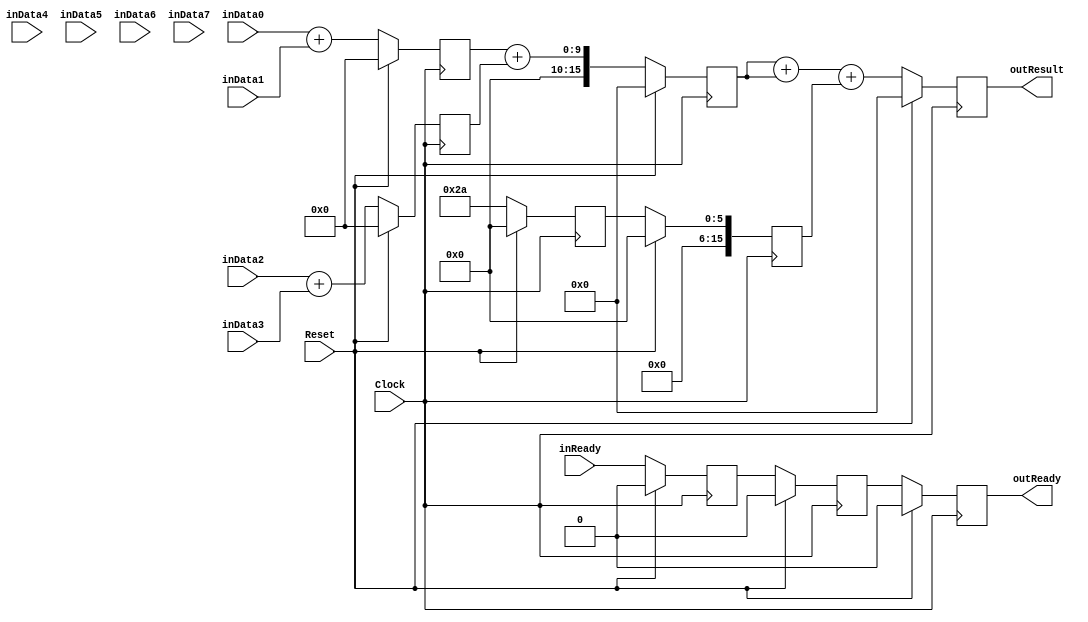
`timescale 1ns/1ps
`default_nettype none
// PLEASE READ THIS, IT MAY SAVE YOU SOME TIME AND MONEY, THANK YOU!
// * This file was generated by Quokka FPGA Toolkit.
// * Generated code is your property, do whatever you want with it
// * Place custom code between [BEGIN USER ***] and [END USER ***].
// * CAUTION: All code outside of [USER] scope is subject to regeneration.
// * Bad things happen sometimes in developer's life,
//   it is recommended to use source control management software (e.g. git, bzr etc) to keep your custom code safe'n'sound.
// * Internal structure of code is subject to change.
//   You can use some of signals in custom code, but most likely they will not exist in future (e.g. will get shorter or gone completely)
// * Please send your feedback, comments, improvement ideas etc. to evmuryshkin@gmail.com
// * Visit https://github.com/EvgenyMuryshkin/QuokkaEvaluation to access latest version of playground
//
// DISCLAIMER:
//   Code comes AS-IS, it is your responsibility to make sure it is working as expected
//   no responsibility will be taken for any loss or damage caused by use of Quokka toolkit.
//
// System configuration name is AutoPropagatePipelineModule_TopLevel, clock frequency is 1Hz, Top-level
// FSM summary
// -- Packages
module AutoPropagatePipelineModule_TopLevel
(
	// [BEGIN USER PORTS]
	// [END USER PORTS]
	input wire Clock,
	input wire Reset,
	input wire [7:0] inData0,
	input wire [7:0] inData1,
	input wire [7:0] inData2,
	input wire [7:0] inData3,
	input wire [7:0] inData4,
	input wire [7:0] inData5,
	input wire [7:0] inData6,
	input wire [7:0] inData7,
	input wire inReady,
	output wire outReady,
	output wire [15:0] outResult
);
	// [BEGIN USER SIGNALS]
	// [END USER SIGNALS]
	localparam HiSignal = 1'b1;
	localparam LoSignal = 1'b0;
	wire Zero = 1'b0;
	wire One = 1'b1;
	wire true = 1'b1;
	wire false = 1'b0;
	wire [15: 0] Pipeline_stage0_State_sumsDefault = 16'b0000000000000000;
	wire [15: 0] Pipeline_stage1_State_s0SumsDefault = 16'b0000000000000000;
	wire [15: 0] Pipeline_stage1_State_sumsDefault = 16'b0000000000000000;
	wire [5: 0] Pipeline_AutoPropagatePipelineModule_L83F29T43_AutoPropagatePipelineModule_L42F9L57T10_AutoPropagatePipelineModule_L54F21T23_Expr = 6'b101010;
	wire Inputs_inReady;
	reg Pipeline_stage0_NextState_ready;
	reg Pipeline_stage1_NextState_ready;
	reg Pipeline_stage2_NextState_ready;
	reg [15: 0] Pipeline_stage2_NextState_result;
	wire Pipeline_Inputs_inReady;
	wire Pipeline_State_ready;
	wire [15: 0] Pipeline_State_result;
	wire Pipeline_NextState_ready;
	wire [15: 0] Pipeline_NextState_result;
	reg [15: 0] Pipeline_AutoPropagatePipelineModule_L83F29T43_AutoPropagatePipelineModule_L42F9L57T10_sum0;
	wire [15: 0] Pipeline_AutoPropagatePipelineModule_L83F29T43_AutoPropagatePipelineModule_L42F9L57T10_AutoPropagatePipelineModule_L43F24T69_Cast;
	wire [15: 0] Pipeline_AutoPropagatePipelineModule_L83F29T43_AutoPropagatePipelineModule_L42F9L57T10_AutoPropagatePipelineModule_L51F21T66_Cast;
	wire [15: 0] Pipeline_AutoPropagatePipelineModule_L83F29T43_AutoPropagatePipelineModule_L42F9L57T10_AutoPropagatePipelineModule_L52F21T66_Cast;
	wire [15: 0] Pipeline_AutoPropagatePipelineModule_L83F29T43_AutoPropagatePipelineModule_L42F9L57T10_AutoPropagatePipelineModule_L53F21T66_Cast;
	wire [15: 0] Pipeline_AutoPropagatePipelineModule_L84F30T45_AutoPropagatePipelineModule_L60F9L70T10_AutoPropagatePipelineModule_L66F21T62_Cast;
	wire [15: 0] Pipeline_AutoPropagatePipelineModule_L84F30T45_AutoPropagatePipelineModule_L60F9L70T10_AutoPropagatePipelineModule_L67F21T62_Cast;
	wire [15: 0] Pipeline_AutoPropagatePipelineModule_L85F30T45_AutoPropagatePipelineModule_L73F9L78T10_AutoPropagatePipelineModule_L76F26T86_Cast;
	wire AutoPropagatePipelineModule_L33F33T59_Cast;
	reg Pipeline_stage0_State_ready = 1'b0;
	wire Pipeline_stage0_State_readyDefault = 1'b0;
	reg Pipeline_stage1_State_ready = 1'b0;
	wire Pipeline_stage1_State_readyDefault = 1'b0;
	reg Pipeline_stage2_State_ready = 1'b0;
	wire Pipeline_stage2_State_readyDefault = 1'b0;
	reg [15: 0] Pipeline_stage2_State_result = 16'b0000000000000000;
	wire [15: 0] Pipeline_stage2_State_resultDefault = 16'b0000000000000000;
	wire [9: 0] Pipeline_AutoPropagatePipelineModule_L83F29T43_AutoPropagatePipelineModule_L42F9L57T10_AutoPropagatePipelineModule_L43F33T68_Expr;
	wire signed [9: 0] Pipeline_AutoPropagatePipelineModule_L83F29T43_AutoPropagatePipelineModule_L42F9L57T10_AutoPropagatePipelineModule_L43F33T68_Expr_1;
	wire signed [9: 0] Pipeline_AutoPropagatePipelineModule_L83F29T43_AutoPropagatePipelineModule_L42F9L57T10_AutoPropagatePipelineModule_L43F33T68_Expr_2;
	wire [9: 0] Pipeline_AutoPropagatePipelineModule_L83F29T43_AutoPropagatePipelineModule_L42F9L57T10_AutoPropagatePipelineModule_L51F30T65_Expr;
	wire signed [9: 0] Pipeline_AutoPropagatePipelineModule_L83F29T43_AutoPropagatePipelineModule_L42F9L57T10_AutoPropagatePipelineModule_L51F30T65_Expr_1;
	wire signed [9: 0] Pipeline_AutoPropagatePipelineModule_L83F29T43_AutoPropagatePipelineModule_L42F9L57T10_AutoPropagatePipelineModule_L51F30T65_Expr_2;
	wire [9: 0] Pipeline_AutoPropagatePipelineModule_L83F29T43_AutoPropagatePipelineModule_L42F9L57T10_AutoPropagatePipelineModule_L52F30T65_Expr;
	wire signed [9: 0] Pipeline_AutoPropagatePipelineModule_L83F29T43_AutoPropagatePipelineModule_L42F9L57T10_AutoPropagatePipelineModule_L52F30T65_Expr_1;
	wire signed [9: 0] Pipeline_AutoPropagatePipelineModule_L83F29T43_AutoPropagatePipelineModule_L42F9L57T10_AutoPropagatePipelineModule_L52F30T65_Expr_2;
	wire [9: 0] Pipeline_AutoPropagatePipelineModule_L83F29T43_AutoPropagatePipelineModule_L42F9L57T10_AutoPropagatePipelineModule_L53F30T65_Expr;
	wire signed [9: 0] Pipeline_AutoPropagatePipelineModule_L83F29T43_AutoPropagatePipelineModule_L42F9L57T10_AutoPropagatePipelineModule_L53F30T65_Expr_1;
	wire signed [9: 0] Pipeline_AutoPropagatePipelineModule_L83F29T43_AutoPropagatePipelineModule_L42F9L57T10_AutoPropagatePipelineModule_L53F30T65_Expr_2;
	wire [17: 0] Pipeline_AutoPropagatePipelineModule_L84F30T45_AutoPropagatePipelineModule_L60F9L70T10_AutoPropagatePipelineModule_L66F30T61_Expr;
	wire signed [17: 0] Pipeline_AutoPropagatePipelineModule_L84F30T45_AutoPropagatePipelineModule_L60F9L70T10_AutoPropagatePipelineModule_L66F30T61_Expr_1;
	wire signed [17: 0] Pipeline_AutoPropagatePipelineModule_L84F30T45_AutoPropagatePipelineModule_L60F9L70T10_AutoPropagatePipelineModule_L66F30T61_Expr_2;
	wire [17: 0] Pipeline_AutoPropagatePipelineModule_L84F30T45_AutoPropagatePipelineModule_L60F9L70T10_AutoPropagatePipelineModule_L67F30T61_Expr;
	wire signed [17: 0] Pipeline_AutoPropagatePipelineModule_L84F30T45_AutoPropagatePipelineModule_L60F9L70T10_AutoPropagatePipelineModule_L67F30T61_Expr_1;
	wire signed [17: 0] Pipeline_AutoPropagatePipelineModule_L84F30T45_AutoPropagatePipelineModule_L60F9L70T10_AutoPropagatePipelineModule_L67F30T61_Expr_2;
	wire [19: 0] Pipeline_AutoPropagatePipelineModule_L85F30T45_AutoPropagatePipelineModule_L73F9L78T10_AutoPropagatePipelineModule_L76F35T85_Expr;
	wire signed [19: 0] Pipeline_AutoPropagatePipelineModule_L85F30T45_AutoPropagatePipelineModule_L73F9L78T10_AutoPropagatePipelineModule_L76F35T85_Expr_1;
	wire signed [19: 0] Pipeline_AutoPropagatePipelineModule_L85F30T45_AutoPropagatePipelineModule_L73F9L78T10_AutoPropagatePipelineModule_L76F35T85_Expr_2;
	wire [17: 0] Pipeline_AutoPropagatePipelineModule_L85F30T45_AutoPropagatePipelineModule_L73F9L78T10_AutoPropagatePipelineModule_L76F35T66_Expr;
	wire signed [17: 0] Pipeline_AutoPropagatePipelineModule_L85F30T45_AutoPropagatePipelineModule_L73F9L78T10_AutoPropagatePipelineModule_L76F35T66_Expr_1;
	wire signed [17: 0] Pipeline_AutoPropagatePipelineModule_L85F30T45_AutoPropagatePipelineModule_L73F9L78T10_AutoPropagatePipelineModule_L76F35T66_Expr_2;
	wire [7 : 0] Inputs_inData [0 : 7];
	integer Pipeline_stage0_State_sums_Iterator;
	reg [15 : 0] Pipeline_stage0_State_sums [0 : 4];
	initial
	begin : Init_Pipeline_stage0_State_sums
		for (Pipeline_stage0_State_sums_Iterator = 0; Pipeline_stage0_State_sums_Iterator < 5; Pipeline_stage0_State_sums_Iterator = Pipeline_stage0_State_sums_Iterator + 1)
			Pipeline_stage0_State_sums[Pipeline_stage0_State_sums_Iterator] = 0;
	end
	integer Pipeline_stage0_NextState_sums_Iterator;
	reg [15 : 0] Pipeline_stage0_NextState_sums [0 : 4];
	initial
	begin : Init_Pipeline_stage0_NextState_sums
		for (Pipeline_stage0_NextState_sums_Iterator = 0; Pipeline_stage0_NextState_sums_Iterator < 5; Pipeline_stage0_NextState_sums_Iterator = Pipeline_stage0_NextState_sums_Iterator + 1)
			Pipeline_stage0_NextState_sums[Pipeline_stage0_NextState_sums_Iterator] = 0;
	end
	integer Pipeline_stage1_State_s0Sums_Iterator;
	reg [15 : 0] Pipeline_stage1_State_s0Sums [0 : 4];
	initial
	begin : Init_Pipeline_stage1_State_s0Sums
		for (Pipeline_stage1_State_s0Sums_Iterator = 0; Pipeline_stage1_State_s0Sums_Iterator < 5; Pipeline_stage1_State_s0Sums_Iterator = Pipeline_stage1_State_s0Sums_Iterator + 1)
			Pipeline_stage1_State_s0Sums[Pipeline_stage1_State_s0Sums_Iterator] = 0;
	end
	integer Pipeline_stage1_NextState_s0Sums_Iterator;
	reg [15 : 0] Pipeline_stage1_NextState_s0Sums [0 : 4];
	initial
	begin : Init_Pipeline_stage1_NextState_s0Sums
		for (Pipeline_stage1_NextState_s0Sums_Iterator = 0; Pipeline_stage1_NextState_s0Sums_Iterator < 5; Pipeline_stage1_NextState_s0Sums_Iterator = Pipeline_stage1_NextState_s0Sums_Iterator + 1)
			Pipeline_stage1_NextState_s0Sums[Pipeline_stage1_NextState_s0Sums_Iterator] = 0;
	end
	integer Pipeline_stage1_State_sums_Iterator;
	reg [15 : 0] Pipeline_stage1_State_sums [0 : 1];
	initial
	begin : Init_Pipeline_stage1_State_sums
		for (Pipeline_stage1_State_sums_Iterator = 0; Pipeline_stage1_State_sums_Iterator < 2; Pipeline_stage1_State_sums_Iterator = Pipeline_stage1_State_sums_Iterator + 1)
			Pipeline_stage1_State_sums[Pipeline_stage1_State_sums_Iterator] = 0;
	end
	integer Pipeline_stage1_NextState_sums_Iterator;
	reg [15 : 0] Pipeline_stage1_NextState_sums [0 : 1];
	initial
	begin : Init_Pipeline_stage1_NextState_sums
		for (Pipeline_stage1_NextState_sums_Iterator = 0; Pipeline_stage1_NextState_sums_Iterator < 2; Pipeline_stage1_NextState_sums_Iterator = Pipeline_stage1_NextState_sums_Iterator + 1)
			Pipeline_stage1_NextState_sums[Pipeline_stage1_NextState_sums_Iterator] = 0;
	end
	wire [7 : 0] Pipeline_Inputs_inData [0 : 7];
	wire [15 : 0] Pipeline_AutoPropagatePipelineModule_L83F29T43_AutoPropagatePipelineModule_L42F9L57T10_AutoPropagatePipelineModule_L48F24L55T18_Enumerable [0 : 4];
	wire [15 : 0] Pipeline_AutoPropagatePipelineModule_L84F30T45_AutoPropagatePipelineModule_L60F9L70T10_AutoPropagatePipelineModule_L64F24L68T18_Enumerable [0 : 1];
	always @ (posedge Clock)
	begin
		if ((Reset == 1))
		begin
			Pipeline_stage0_State_ready <= Pipeline_stage0_State_readyDefault;
			Pipeline_stage1_State_ready <= Pipeline_stage1_State_readyDefault;
			Pipeline_stage2_State_ready <= Pipeline_stage2_State_readyDefault;
			Pipeline_stage2_State_result <= Pipeline_stage2_State_resultDefault;
		end
		else
		begin
			Pipeline_stage0_State_ready <= Pipeline_stage0_NextState_ready;
			Pipeline_stage1_State_ready <= Pipeline_stage1_NextState_ready;
			Pipeline_stage2_State_ready <= Pipeline_stage2_NextState_ready;
			Pipeline_stage2_State_result <= Pipeline_stage2_NextState_result;
		end
	end
	always @ (posedge Clock)
	begin
		if ((Reset == 1))
		begin
			for (Pipeline_stage0_State_sums_Iterator = 0; (Pipeline_stage0_State_sums_Iterator < 5); Pipeline_stage0_State_sums_Iterator = (Pipeline_stage0_State_sums_Iterator + 1))
			begin
				Pipeline_stage0_State_sums[Pipeline_stage0_State_sums_Iterator] <= Pipeline_stage0_State_sumsDefault;
			end
		end
		else
		begin
			for (Pipeline_stage0_State_sums_Iterator = 0; (Pipeline_stage0_State_sums_Iterator < 5); Pipeline_stage0_State_sums_Iterator = (Pipeline_stage0_State_sums_Iterator + 1))
			begin
				Pipeline_stage0_State_sums[Pipeline_stage0_State_sums_Iterator] <= Pipeline_stage0_NextState_sums[Pipeline_stage0_State_sums_Iterator];
			end
		end
	end
	always @ (posedge Clock)
	begin
		if ((Reset == 1))
		begin
			for (Pipeline_stage1_State_s0Sums_Iterator = 0; (Pipeline_stage1_State_s0Sums_Iterator < 5); Pipeline_stage1_State_s0Sums_Iterator = (Pipeline_stage1_State_s0Sums_Iterator + 1))
			begin
				Pipeline_stage1_State_s0Sums[Pipeline_stage1_State_s0Sums_Iterator] <= Pipeline_stage1_State_s0SumsDefault;
			end
		end
		else
		begin
			for (Pipeline_stage1_State_s0Sums_Iterator = 0; (Pipeline_stage1_State_s0Sums_Iterator < 5); Pipeline_stage1_State_s0Sums_Iterator = (Pipeline_stage1_State_s0Sums_Iterator + 1))
			begin
				Pipeline_stage1_State_s0Sums[Pipeline_stage1_State_s0Sums_Iterator] <= Pipeline_stage1_NextState_s0Sums[Pipeline_stage1_State_s0Sums_Iterator];
			end
		end
	end
	always @ (posedge Clock)
	begin
		if ((Reset == 1))
		begin
			for (Pipeline_stage1_State_sums_Iterator = 0; (Pipeline_stage1_State_sums_Iterator < 2); Pipeline_stage1_State_sums_Iterator = (Pipeline_stage1_State_sums_Iterator + 1))
			begin
				Pipeline_stage1_State_sums[Pipeline_stage1_State_sums_Iterator] <= Pipeline_stage1_State_sumsDefault;
			end
		end
		else
		begin
			for (Pipeline_stage1_State_sums_Iterator = 0; (Pipeline_stage1_State_sums_Iterator < 2); Pipeline_stage1_State_sums_Iterator = (Pipeline_stage1_State_sums_Iterator + 1))
			begin
				Pipeline_stage1_State_sums[Pipeline_stage1_State_sums_Iterator] <= Pipeline_stage1_NextState_sums[Pipeline_stage1_State_sums_Iterator];
			end
		end
	end
	assign Pipeline_AutoPropagatePipelineModule_L83F29T43_AutoPropagatePipelineModule_L42F9L57T10_AutoPropagatePipelineModule_L43F33T68_Expr = Pipeline_AutoPropagatePipelineModule_L83F29T43_AutoPropagatePipelineModule_L42F9L57T10_AutoPropagatePipelineModule_L43F33T68_Expr_1 + Pipeline_AutoPropagatePipelineModule_L83F29T43_AutoPropagatePipelineModule_L42F9L57T10_AutoPropagatePipelineModule_L43F33T68_Expr_2;
	assign Pipeline_AutoPropagatePipelineModule_L83F29T43_AutoPropagatePipelineModule_L42F9L57T10_AutoPropagatePipelineModule_L51F30T65_Expr = Pipeline_AutoPropagatePipelineModule_L83F29T43_AutoPropagatePipelineModule_L42F9L57T10_AutoPropagatePipelineModule_L51F30T65_Expr_1 + Pipeline_AutoPropagatePipelineModule_L83F29T43_AutoPropagatePipelineModule_L42F9L57T10_AutoPropagatePipelineModule_L51F30T65_Expr_2;
	assign Pipeline_AutoPropagatePipelineModule_L83F29T43_AutoPropagatePipelineModule_L42F9L57T10_AutoPropagatePipelineModule_L52F30T65_Expr = Pipeline_AutoPropagatePipelineModule_L83F29T43_AutoPropagatePipelineModule_L42F9L57T10_AutoPropagatePipelineModule_L52F30T65_Expr_1 + Pipeline_AutoPropagatePipelineModule_L83F29T43_AutoPropagatePipelineModule_L42F9L57T10_AutoPropagatePipelineModule_L52F30T65_Expr_2;
	assign Pipeline_AutoPropagatePipelineModule_L83F29T43_AutoPropagatePipelineModule_L42F9L57T10_AutoPropagatePipelineModule_L53F30T65_Expr = Pipeline_AutoPropagatePipelineModule_L83F29T43_AutoPropagatePipelineModule_L42F9L57T10_AutoPropagatePipelineModule_L53F30T65_Expr_1 + Pipeline_AutoPropagatePipelineModule_L83F29T43_AutoPropagatePipelineModule_L42F9L57T10_AutoPropagatePipelineModule_L53F30T65_Expr_2;
	assign Pipeline_AutoPropagatePipelineModule_L84F30T45_AutoPropagatePipelineModule_L60F9L70T10_AutoPropagatePipelineModule_L66F30T61_Expr = Pipeline_AutoPropagatePipelineModule_L84F30T45_AutoPropagatePipelineModule_L60F9L70T10_AutoPropagatePipelineModule_L66F30T61_Expr_1 + Pipeline_AutoPropagatePipelineModule_L84F30T45_AutoPropagatePipelineModule_L60F9L70T10_AutoPropagatePipelineModule_L66F30T61_Expr_2;
	assign Pipeline_AutoPropagatePipelineModule_L84F30T45_AutoPropagatePipelineModule_L60F9L70T10_AutoPropagatePipelineModule_L67F30T61_Expr = Pipeline_AutoPropagatePipelineModule_L84F30T45_AutoPropagatePipelineModule_L60F9L70T10_AutoPropagatePipelineModule_L67F30T61_Expr_1 + Pipeline_AutoPropagatePipelineModule_L84F30T45_AutoPropagatePipelineModule_L60F9L70T10_AutoPropagatePipelineModule_L67F30T61_Expr_2;
	assign Pipeline_AutoPropagatePipelineModule_L85F30T45_AutoPropagatePipelineModule_L73F9L78T10_AutoPropagatePipelineModule_L76F35T85_Expr = Pipeline_AutoPropagatePipelineModule_L85F30T45_AutoPropagatePipelineModule_L73F9L78T10_AutoPropagatePipelineModule_L76F35T85_Expr_1 + Pipeline_AutoPropagatePipelineModule_L85F30T45_AutoPropagatePipelineModule_L73F9L78T10_AutoPropagatePipelineModule_L76F35T85_Expr_2;
	assign Pipeline_AutoPropagatePipelineModule_L85F30T45_AutoPropagatePipelineModule_L73F9L78T10_AutoPropagatePipelineModule_L76F35T66_Expr = Pipeline_AutoPropagatePipelineModule_L85F30T45_AutoPropagatePipelineModule_L73F9L78T10_AutoPropagatePipelineModule_L76F35T66_Expr_1 + Pipeline_AutoPropagatePipelineModule_L85F30T45_AutoPropagatePipelineModule_L73F9L78T10_AutoPropagatePipelineModule_L76F35T66_Expr_2;
	always @ (*)
	begin
		Pipeline_AutoPropagatePipelineModule_L83F29T43_AutoPropagatePipelineModule_L42F9L57T10_sum0 = Pipeline_AutoPropagatePipelineModule_L83F29T43_AutoPropagatePipelineModule_L42F9L57T10_AutoPropagatePipelineModule_L43F24T69_Cast;
	end
	always @ (*)
	begin
		Pipeline_stage0_NextState_ready = Pipeline_stage0_State_ready;
		Pipeline_stage0_NextState_sums[0] = Pipeline_stage0_State_sums[0];
		Pipeline_stage0_NextState_sums[1] = Pipeline_stage0_State_sums[1];
		Pipeline_stage0_NextState_sums[2] = Pipeline_stage0_State_sums[2];
		Pipeline_stage0_NextState_sums[3] = Pipeline_stage0_State_sums[3];
		Pipeline_stage0_NextState_sums[4] = Pipeline_stage0_State_sums[4];
		Pipeline_stage1_NextState_ready = Pipeline_stage1_State_ready;
		Pipeline_stage1_NextState_s0Sums[0] = Pipeline_stage1_State_s0Sums[0];
		Pipeline_stage1_NextState_s0Sums[1] = Pipeline_stage1_State_s0Sums[1];
		Pipeline_stage1_NextState_s0Sums[2] = Pipeline_stage1_State_s0Sums[2];
		Pipeline_stage1_NextState_s0Sums[3] = Pipeline_stage1_State_s0Sums[3];
		Pipeline_stage1_NextState_s0Sums[4] = Pipeline_stage1_State_s0Sums[4];
		Pipeline_stage1_NextState_sums[0] = Pipeline_stage1_State_sums[0];
		Pipeline_stage1_NextState_sums[1] = Pipeline_stage1_State_sums[1];
		Pipeline_stage2_NextState_ready = Pipeline_stage2_State_ready;
		Pipeline_stage2_NextState_result = Pipeline_stage2_State_result;
		Pipeline_stage0_NextState_ready = Pipeline_Inputs_inReady;
		Pipeline_stage0_NextState_sums[0] = Pipeline_AutoPropagatePipelineModule_L83F29T43_AutoPropagatePipelineModule_L42F9L57T10_AutoPropagatePipelineModule_L48F24L55T18_Enumerable[0];
		Pipeline_stage0_NextState_sums[1] = Pipeline_AutoPropagatePipelineModule_L83F29T43_AutoPropagatePipelineModule_L42F9L57T10_AutoPropagatePipelineModule_L48F24L55T18_Enumerable[1];
		Pipeline_stage0_NextState_sums[2] = Pipeline_AutoPropagatePipelineModule_L83F29T43_AutoPropagatePipelineModule_L42F9L57T10_AutoPropagatePipelineModule_L48F24L55T18_Enumerable[2];
		Pipeline_stage0_NextState_sums[3] = Pipeline_AutoPropagatePipelineModule_L83F29T43_AutoPropagatePipelineModule_L42F9L57T10_AutoPropagatePipelineModule_L48F24L55T18_Enumerable[3];
		Pipeline_stage0_NextState_sums[4] = Pipeline_AutoPropagatePipelineModule_L83F29T43_AutoPropagatePipelineModule_L42F9L57T10_AutoPropagatePipelineModule_L48F24L55T18_Enumerable[4];
		Pipeline_stage1_NextState_ready = Pipeline_stage0_State_ready;
		Pipeline_stage1_NextState_s0Sums[0] = Pipeline_stage0_State_sums[0];
		Pipeline_stage1_NextState_s0Sums[1] = Pipeline_stage0_State_sums[1];
		Pipeline_stage1_NextState_s0Sums[2] = Pipeline_stage0_State_sums[2];
		Pipeline_stage1_NextState_s0Sums[3] = Pipeline_stage0_State_sums[3];
		Pipeline_stage1_NextState_s0Sums[4] = Pipeline_stage0_State_sums[4];
		Pipeline_stage1_NextState_sums[0] = Pipeline_AutoPropagatePipelineModule_L84F30T45_AutoPropagatePipelineModule_L60F9L70T10_AutoPropagatePipelineModule_L64F24L68T18_Enumerable[0];
		Pipeline_stage1_NextState_sums[1] = Pipeline_AutoPropagatePipelineModule_L84F30T45_AutoPropagatePipelineModule_L60F9L70T10_AutoPropagatePipelineModule_L64F24L68T18_Enumerable[1];
		Pipeline_stage2_NextState_ready = Pipeline_stage1_State_ready;
		Pipeline_stage2_NextState_result = Pipeline_AutoPropagatePipelineModule_L85F30T45_AutoPropagatePipelineModule_L73F9L78T10_AutoPropagatePipelineModule_L76F26T86_Cast;
	end
	assign Pipeline_AutoPropagatePipelineModule_L83F29T43_AutoPropagatePipelineModule_L42F9L57T10_AutoPropagatePipelineModule_L43F33T68_Expr_1 = {
		{2{1'b0}},
		Pipeline_Inputs_inData[0]
	}
	;
	assign Pipeline_AutoPropagatePipelineModule_L83F29T43_AutoPropagatePipelineModule_L42F9L57T10_AutoPropagatePipelineModule_L43F33T68_Expr_2 = {
		{2{1'b0}},
		Pipeline_Inputs_inData[1]
	}
	;
	assign Pipeline_AutoPropagatePipelineModule_L83F29T43_AutoPropagatePipelineModule_L42F9L57T10_AutoPropagatePipelineModule_L51F30T65_Expr_1 = {
		{2{1'b0}},
		Pipeline_Inputs_inData[2]
	}
	;
	assign Pipeline_AutoPropagatePipelineModule_L83F29T43_AutoPropagatePipelineModule_L42F9L57T10_AutoPropagatePipelineModule_L51F30T65_Expr_2 = {
		{2{1'b0}},
		Pipeline_Inputs_inData[3]
	}
	;
	assign Pipeline_AutoPropagatePipelineModule_L83F29T43_AutoPropagatePipelineModule_L42F9L57T10_AutoPropagatePipelineModule_L52F30T65_Expr_1 = {
		{2{1'b0}},
		Pipeline_Inputs_inData[4]
	}
	;
	assign Pipeline_AutoPropagatePipelineModule_L83F29T43_AutoPropagatePipelineModule_L42F9L57T10_AutoPropagatePipelineModule_L52F30T65_Expr_2 = {
		{2{1'b0}},
		Pipeline_Inputs_inData[5]
	}
	;
	assign Pipeline_AutoPropagatePipelineModule_L83F29T43_AutoPropagatePipelineModule_L42F9L57T10_AutoPropagatePipelineModule_L53F30T65_Expr_1 = {
		{2{1'b0}},
		Pipeline_Inputs_inData[6]
	}
	;
	assign Pipeline_AutoPropagatePipelineModule_L83F29T43_AutoPropagatePipelineModule_L42F9L57T10_AutoPropagatePipelineModule_L53F30T65_Expr_2 = {
		{2{1'b0}},
		Pipeline_Inputs_inData[7]
	}
	;
	assign Pipeline_AutoPropagatePipelineModule_L84F30T45_AutoPropagatePipelineModule_L60F9L70T10_AutoPropagatePipelineModule_L66F30T61_Expr_1 = {
		{2{1'b0}},
		Pipeline_stage0_State_sums[0]
	}
	;
	assign Pipeline_AutoPropagatePipelineModule_L84F30T45_AutoPropagatePipelineModule_L60F9L70T10_AutoPropagatePipelineModule_L66F30T61_Expr_2 = {
		{2{1'b0}},
		Pipeline_stage0_State_sums[1]
	}
	;
	assign Pipeline_AutoPropagatePipelineModule_L84F30T45_AutoPropagatePipelineModule_L60F9L70T10_AutoPropagatePipelineModule_L67F30T61_Expr_1 = {
		{2{1'b0}},
		Pipeline_stage0_State_sums[2]
	}
	;
	assign Pipeline_AutoPropagatePipelineModule_L84F30T45_AutoPropagatePipelineModule_L60F9L70T10_AutoPropagatePipelineModule_L67F30T61_Expr_2 = {
		{2{1'b0}},
		Pipeline_stage0_State_sums[3]
	}
	;
	assign Pipeline_AutoPropagatePipelineModule_L85F30T45_AutoPropagatePipelineModule_L73F9L78T10_AutoPropagatePipelineModule_L76F35T85_Expr_1 = {
		{2{1'b0}},
		Pipeline_AutoPropagatePipelineModule_L85F30T45_AutoPropagatePipelineModule_L73F9L78T10_AutoPropagatePipelineModule_L76F35T66_Expr
	}
	;
	assign Pipeline_AutoPropagatePipelineModule_L85F30T45_AutoPropagatePipelineModule_L73F9L78T10_AutoPropagatePipelineModule_L76F35T85_Expr_2 = {
		{4{1'b0}},
		Pipeline_stage1_State_s0Sums[4]
	}
	;
	assign Pipeline_AutoPropagatePipelineModule_L85F30T45_AutoPropagatePipelineModule_L73F9L78T10_AutoPropagatePipelineModule_L76F35T66_Expr_1 = {
		{2{1'b0}},
		Pipeline_stage1_State_sums[0]
	}
	;
	assign Pipeline_AutoPropagatePipelineModule_L85F30T45_AutoPropagatePipelineModule_L73F9L78T10_AutoPropagatePipelineModule_L76F35T66_Expr_2 = {
		{2{1'b0}},
		Pipeline_stage1_State_sums[0]
	}
	;
	assign Inputs_inData[0] = inData0;
	assign Inputs_inData[1] = inData1;
	assign Inputs_inData[2] = inData2;
	assign Inputs_inData[3] = inData3;
	assign Inputs_inData[4] = inData4;
	assign Inputs_inData[5] = inData5;
	assign Inputs_inData[6] = inData6;
	assign Inputs_inData[7] = inData7;
	assign Inputs_inReady = inReady;
	assign Pipeline_State_ready = Pipeline_stage2_State_ready;
	assign Pipeline_State_result = Pipeline_stage2_State_result;
	assign Pipeline_NextState_ready = Pipeline_stage2_NextState_ready;
	assign Pipeline_NextState_result = Pipeline_stage2_NextState_result;
	assign Pipeline_AutoPropagatePipelineModule_L83F29T43_AutoPropagatePipelineModule_L42F9L57T10_AutoPropagatePipelineModule_L43F24T69_Cast = {
		{6{1'b0}},
		Pipeline_AutoPropagatePipelineModule_L83F29T43_AutoPropagatePipelineModule_L42F9L57T10_AutoPropagatePipelineModule_L43F33T68_Expr
	}
	;
	assign Pipeline_AutoPropagatePipelineModule_L83F29T43_AutoPropagatePipelineModule_L42F9L57T10_AutoPropagatePipelineModule_L51F21T66_Cast = {
		{6{1'b0}},
		Pipeline_AutoPropagatePipelineModule_L83F29T43_AutoPropagatePipelineModule_L42F9L57T10_AutoPropagatePipelineModule_L51F30T65_Expr
	}
	;
	assign Pipeline_AutoPropagatePipelineModule_L83F29T43_AutoPropagatePipelineModule_L42F9L57T10_AutoPropagatePipelineModule_L52F21T66_Cast = {
		{6{1'b0}},
		Pipeline_AutoPropagatePipelineModule_L83F29T43_AutoPropagatePipelineModule_L42F9L57T10_AutoPropagatePipelineModule_L52F30T65_Expr
	}
	;
	assign Pipeline_AutoPropagatePipelineModule_L83F29T43_AutoPropagatePipelineModule_L42F9L57T10_AutoPropagatePipelineModule_L53F21T66_Cast = {
		{6{1'b0}},
		Pipeline_AutoPropagatePipelineModule_L83F29T43_AutoPropagatePipelineModule_L42F9L57T10_AutoPropagatePipelineModule_L53F30T65_Expr
	}
	;
	assign Pipeline_AutoPropagatePipelineModule_L83F29T43_AutoPropagatePipelineModule_L42F9L57T10_AutoPropagatePipelineModule_L48F24L55T18_Enumerable[0] = Pipeline_AutoPropagatePipelineModule_L83F29T43_AutoPropagatePipelineModule_L42F9L57T10_sum0;
	assign Pipeline_AutoPropagatePipelineModule_L83F29T43_AutoPropagatePipelineModule_L42F9L57T10_AutoPropagatePipelineModule_L48F24L55T18_Enumerable[1] = Pipeline_AutoPropagatePipelineModule_L83F29T43_AutoPropagatePipelineModule_L42F9L57T10_AutoPropagatePipelineModule_L51F21T66_Cast;
	assign Pipeline_AutoPropagatePipelineModule_L83F29T43_AutoPropagatePipelineModule_L42F9L57T10_AutoPropagatePipelineModule_L48F24L55T18_Enumerable[2] = Pipeline_AutoPropagatePipelineModule_L83F29T43_AutoPropagatePipelineModule_L42F9L57T10_AutoPropagatePipelineModule_L52F21T66_Cast;
	assign Pipeline_AutoPropagatePipelineModule_L83F29T43_AutoPropagatePipelineModule_L42F9L57T10_AutoPropagatePipelineModule_L48F24L55T18_Enumerable[3] = Pipeline_AutoPropagatePipelineModule_L83F29T43_AutoPropagatePipelineModule_L42F9L57T10_AutoPropagatePipelineModule_L53F21T66_Cast;
	assign Pipeline_AutoPropagatePipelineModule_L83F29T43_AutoPropagatePipelineModule_L42F9L57T10_AutoPropagatePipelineModule_L48F24L55T18_Enumerable[4] = {
		{10{1'b0}},
		Pipeline_AutoPropagatePipelineModule_L83F29T43_AutoPropagatePipelineModule_L42F9L57T10_AutoPropagatePipelineModule_L54F21T23_Expr
	}
	;
	assign Pipeline_AutoPropagatePipelineModule_L84F30T45_AutoPropagatePipelineModule_L60F9L70T10_AutoPropagatePipelineModule_L66F21T62_Cast = Pipeline_AutoPropagatePipelineModule_L84F30T45_AutoPropagatePipelineModule_L60F9L70T10_AutoPropagatePipelineModule_L66F30T61_Expr[15:0];
	assign Pipeline_AutoPropagatePipelineModule_L84F30T45_AutoPropagatePipelineModule_L60F9L70T10_AutoPropagatePipelineModule_L67F21T62_Cast = Pipeline_AutoPropagatePipelineModule_L84F30T45_AutoPropagatePipelineModule_L60F9L70T10_AutoPropagatePipelineModule_L67F30T61_Expr[15:0];
	assign Pipeline_AutoPropagatePipelineModule_L84F30T45_AutoPropagatePipelineModule_L60F9L70T10_AutoPropagatePipelineModule_L64F24L68T18_Enumerable[0] = Pipeline_AutoPropagatePipelineModule_L84F30T45_AutoPropagatePipelineModule_L60F9L70T10_AutoPropagatePipelineModule_L66F21T62_Cast;
	assign Pipeline_AutoPropagatePipelineModule_L84F30T45_AutoPropagatePipelineModule_L60F9L70T10_AutoPropagatePipelineModule_L64F24L68T18_Enumerable[1] = Pipeline_AutoPropagatePipelineModule_L84F30T45_AutoPropagatePipelineModule_L60F9L70T10_AutoPropagatePipelineModule_L67F21T62_Cast;
	assign Pipeline_AutoPropagatePipelineModule_L85F30T45_AutoPropagatePipelineModule_L73F9L78T10_AutoPropagatePipelineModule_L76F26T86_Cast = Pipeline_AutoPropagatePipelineModule_L85F30T45_AutoPropagatePipelineModule_L73F9L78T10_AutoPropagatePipelineModule_L76F35T85_Expr[15:0];
	assign AutoPropagatePipelineModule_L33F33T59_Cast = Pipeline_State_ready;
	assign outReady = AutoPropagatePipelineModule_L33F33T59_Cast;
	assign outResult = Pipeline_State_result;
	assign Pipeline_Inputs_inData[0] = Inputs_inData[0];
	assign Pipeline_Inputs_inData[1] = Inputs_inData[1];
	assign Pipeline_Inputs_inData[2] = Inputs_inData[2];
	assign Pipeline_Inputs_inData[3] = Inputs_inData[3];
	assign Pipeline_Inputs_inData[4] = Inputs_inData[4];
	assign Pipeline_Inputs_inData[5] = Inputs_inData[5];
	assign Pipeline_Inputs_inData[6] = Inputs_inData[6];
	assign Pipeline_Inputs_inData[7] = Inputs_inData[7];
	assign Pipeline_Inputs_inReady = Inputs_inReady;
	// [BEGIN USER ARCHITECTURE]
	// [END USER ARCHITECTURE]
endmodule